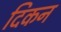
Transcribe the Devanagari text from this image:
दिकन